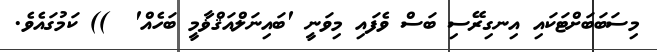
މިސަބަބަށްޓަކައި އިނގިރޭސި ބަސް ވެފައި މިވަނީ 'ބައިނަލްއަޤްޥާމީ ބަހެއް'  )) ކަމުގައެވެ.